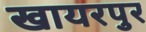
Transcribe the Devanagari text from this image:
खायरपुर